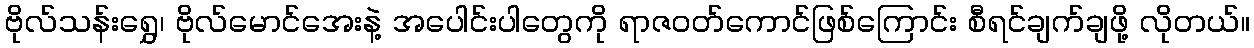
ဗိုလ်သန်းရွှေ၊ ဗိုလ်မောင်အေးနဲ့ အပေါင်းပါတွေကို ရာဇဝတ်ကောင်ဖြစ်ကြောင်း စီရင်ချက်ချဖို့ လိုတယ်။